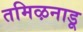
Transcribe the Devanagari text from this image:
तमिऴनाडू